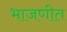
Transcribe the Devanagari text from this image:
भाजणीत